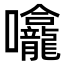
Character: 㘛